NAE_ERA_R-1590_ENSV_Riiklik_Televisiooni-_ja_Raadiokomitee, lk 6
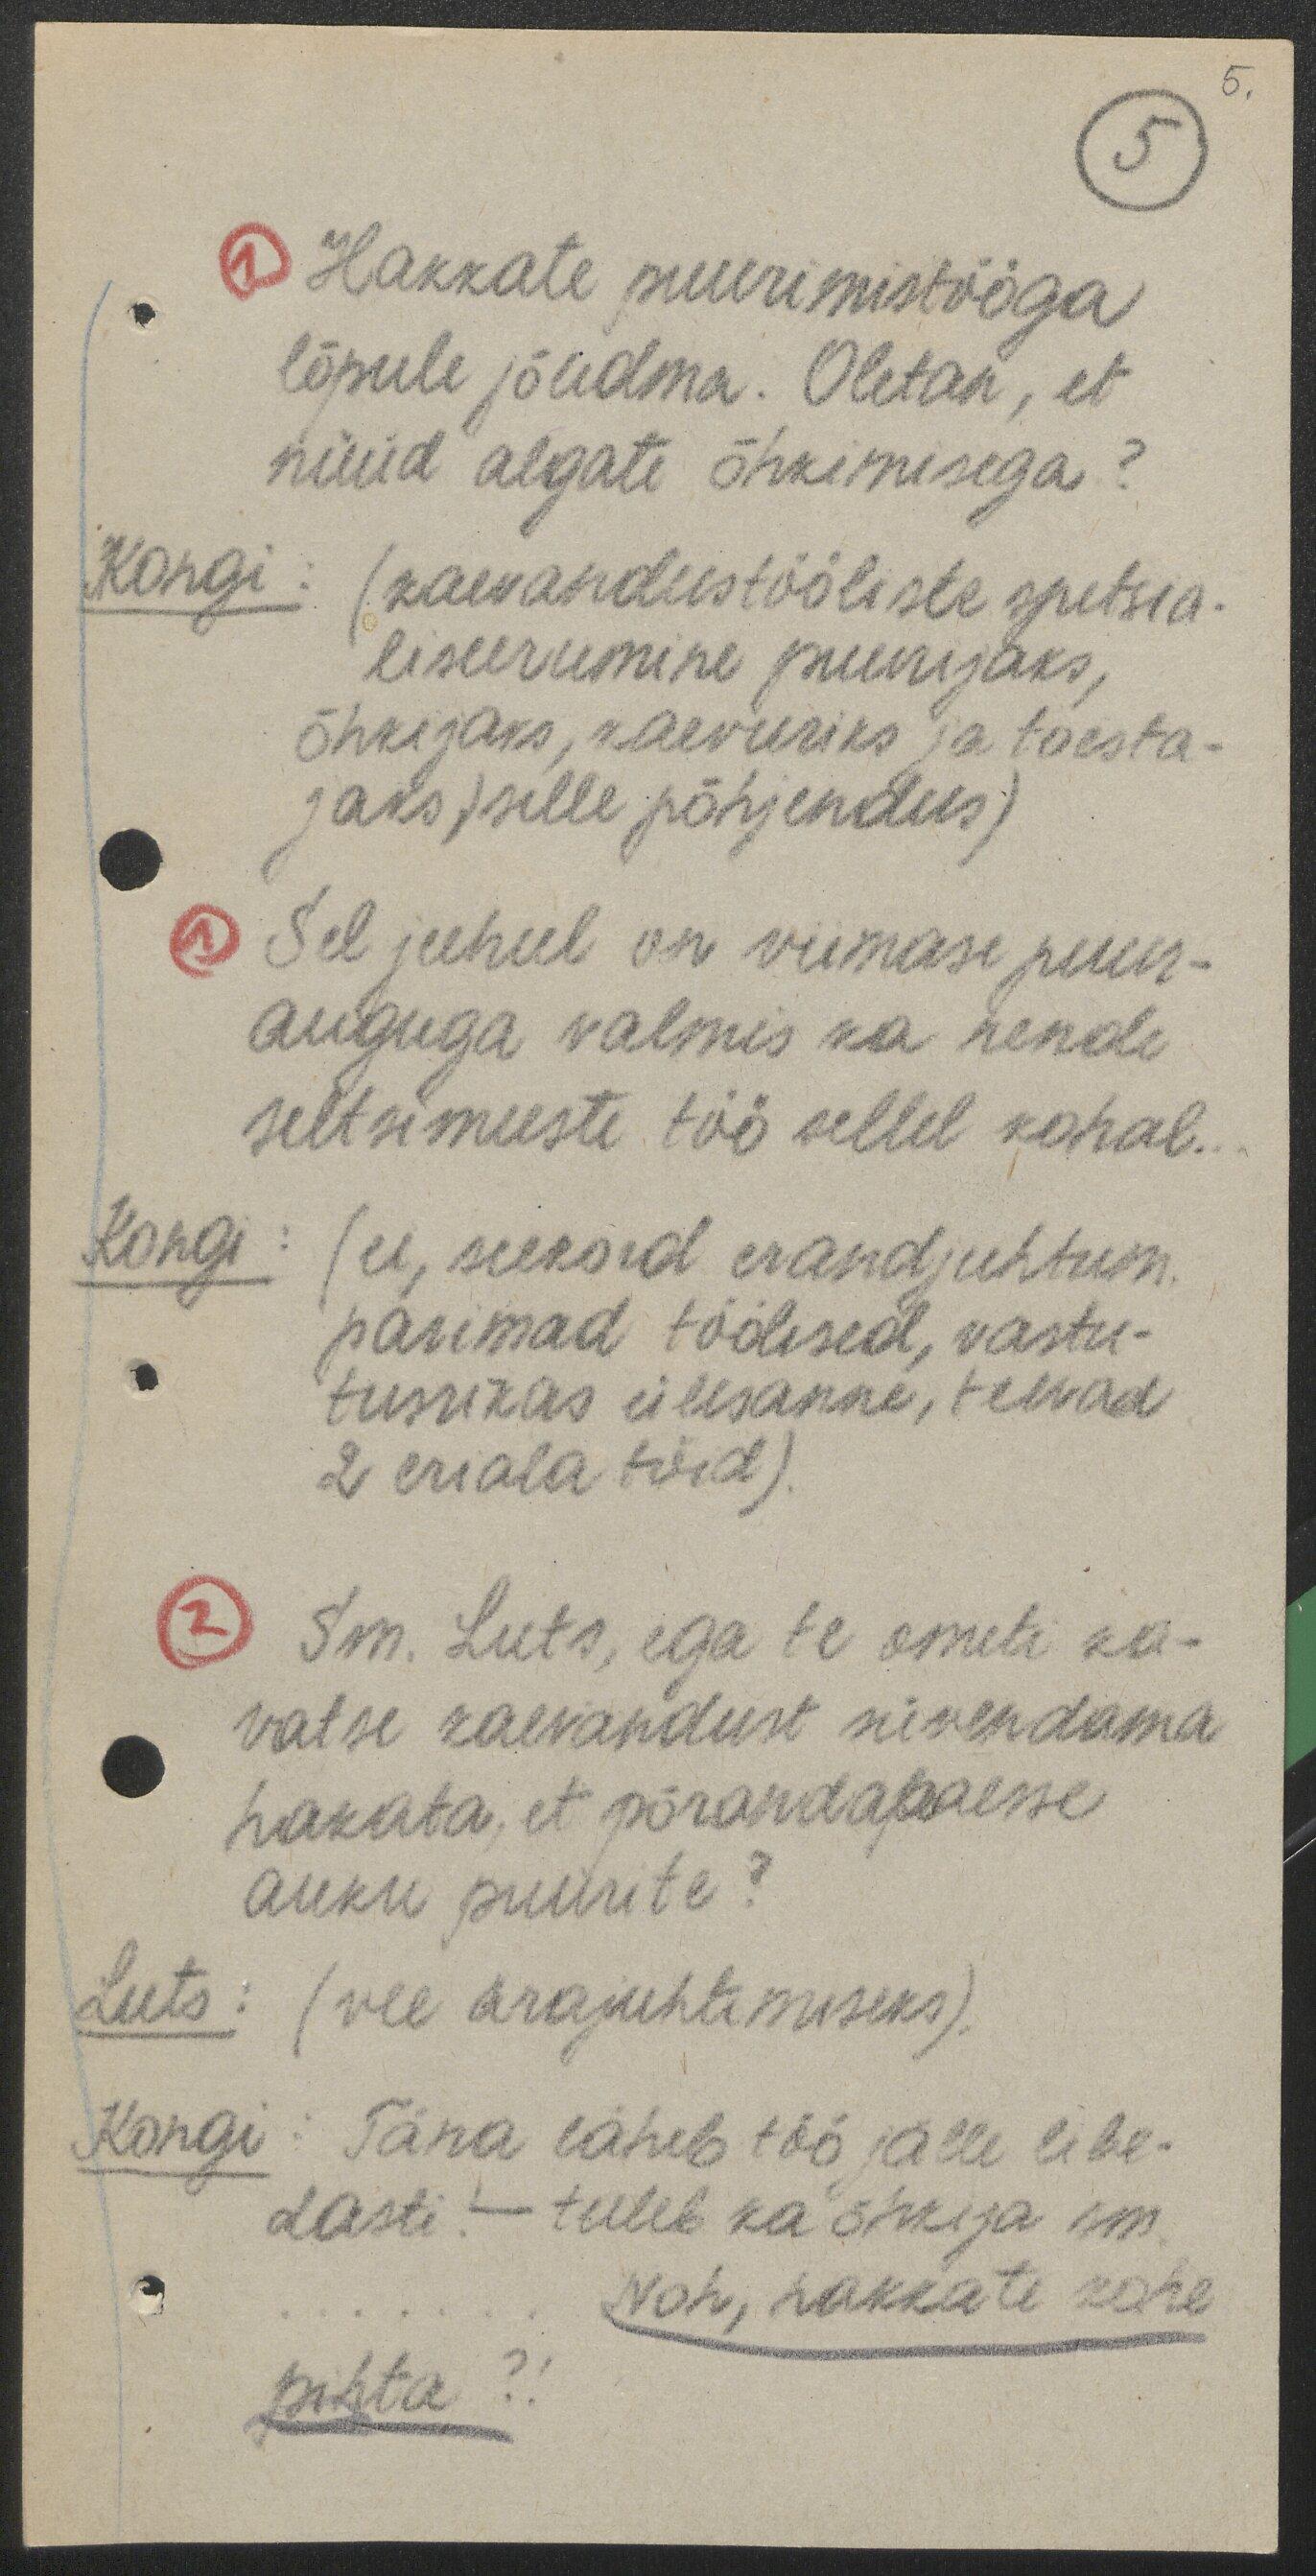
5.
5
1 Hakkate puurimistööga
lõpule jõudma. Oletan, et
nüüd algate õhkimisega?
Kongi: (kaevandustööliste spetsia-
liseerumine puurijaks,
õhkijaks, kaevuriks ja toesta-
jaks) selle põhjendus)
1 Sel juhul on viimase puur-
auguga valmis ka nende
seltsimeeste töö sellel kohal.
Kongi: (ei, seekord erandjuhtum.
parimad töölised, vastu-
tusrikas ülesanne, teevad
2 eriala töid).
2 Sm. Luts, ega te ometi ka-
vatse kaevandust süvendama
hakata, et põrandapaesse
auku puurite?
Luts: (vee ärajuhtimiseks).
Kongi: Täna läheb töö jälle libe-
dasti. - tuleb ka õhkija sm.
Noh, hakkate kohe
pihta?!